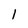
Character: l